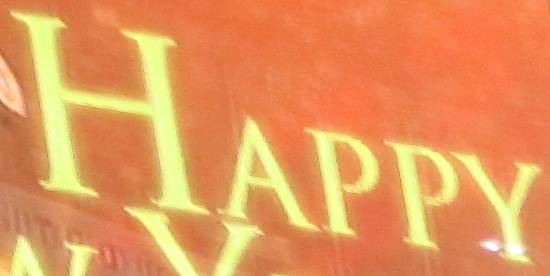
HAPPY